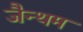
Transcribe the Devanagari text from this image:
जैन्थम